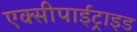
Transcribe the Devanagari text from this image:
एक्सीपाईट्राइड